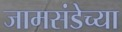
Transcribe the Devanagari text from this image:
जामसंडेच्या